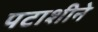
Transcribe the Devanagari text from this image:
पटाशीने